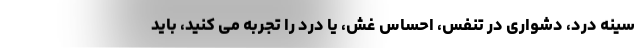
سینه درد، دشواری در تنفس، احساس غش، یا درد را تجربه می کنید، باید